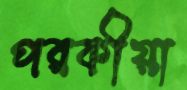
পরকীয়া